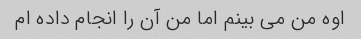
اوه من می بینم اما من آن را انجام داده ام